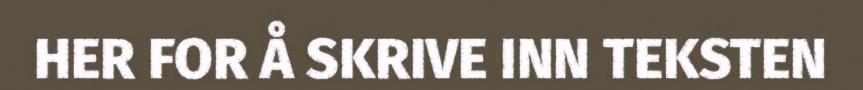
HER FOR Å SKRIVE INN TEKSTEN